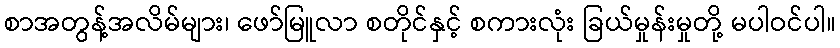
စာအတွန့်အလိမ်များ၊ ဖော်မြူလာ စတိုင်နှင့် စကားလုံး ခြယ်မှုန်းမှုတို့ မပါဝင်ပါ။